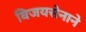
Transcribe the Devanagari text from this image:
विजयसेनाने